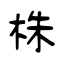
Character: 株